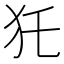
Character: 𤜤